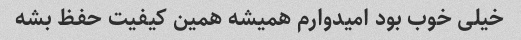
خیلی خوب بود امیدوارم همیشه همین کیفیت حفظ بشه